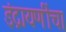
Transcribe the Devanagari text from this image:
इंद्रायणींचा